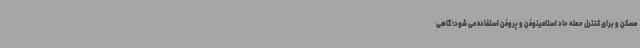
مسکن و برای کنترل حمله حاد استامینوفن و پروفن استفاده می شود؛ گاهی